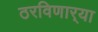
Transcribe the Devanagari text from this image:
ठरविणार्‍या